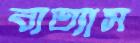
ব্যত্যাস